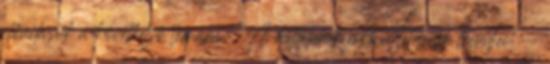
előadások a következő témára: "A vállalatok jobbá tételének trendjei"—